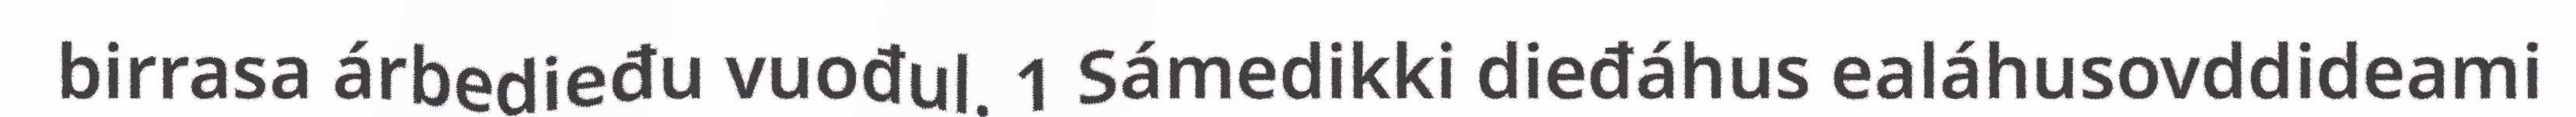
birrasa árbedieđu vuođul. 1 Sámedikki dieđáhus ealáhusovddideami